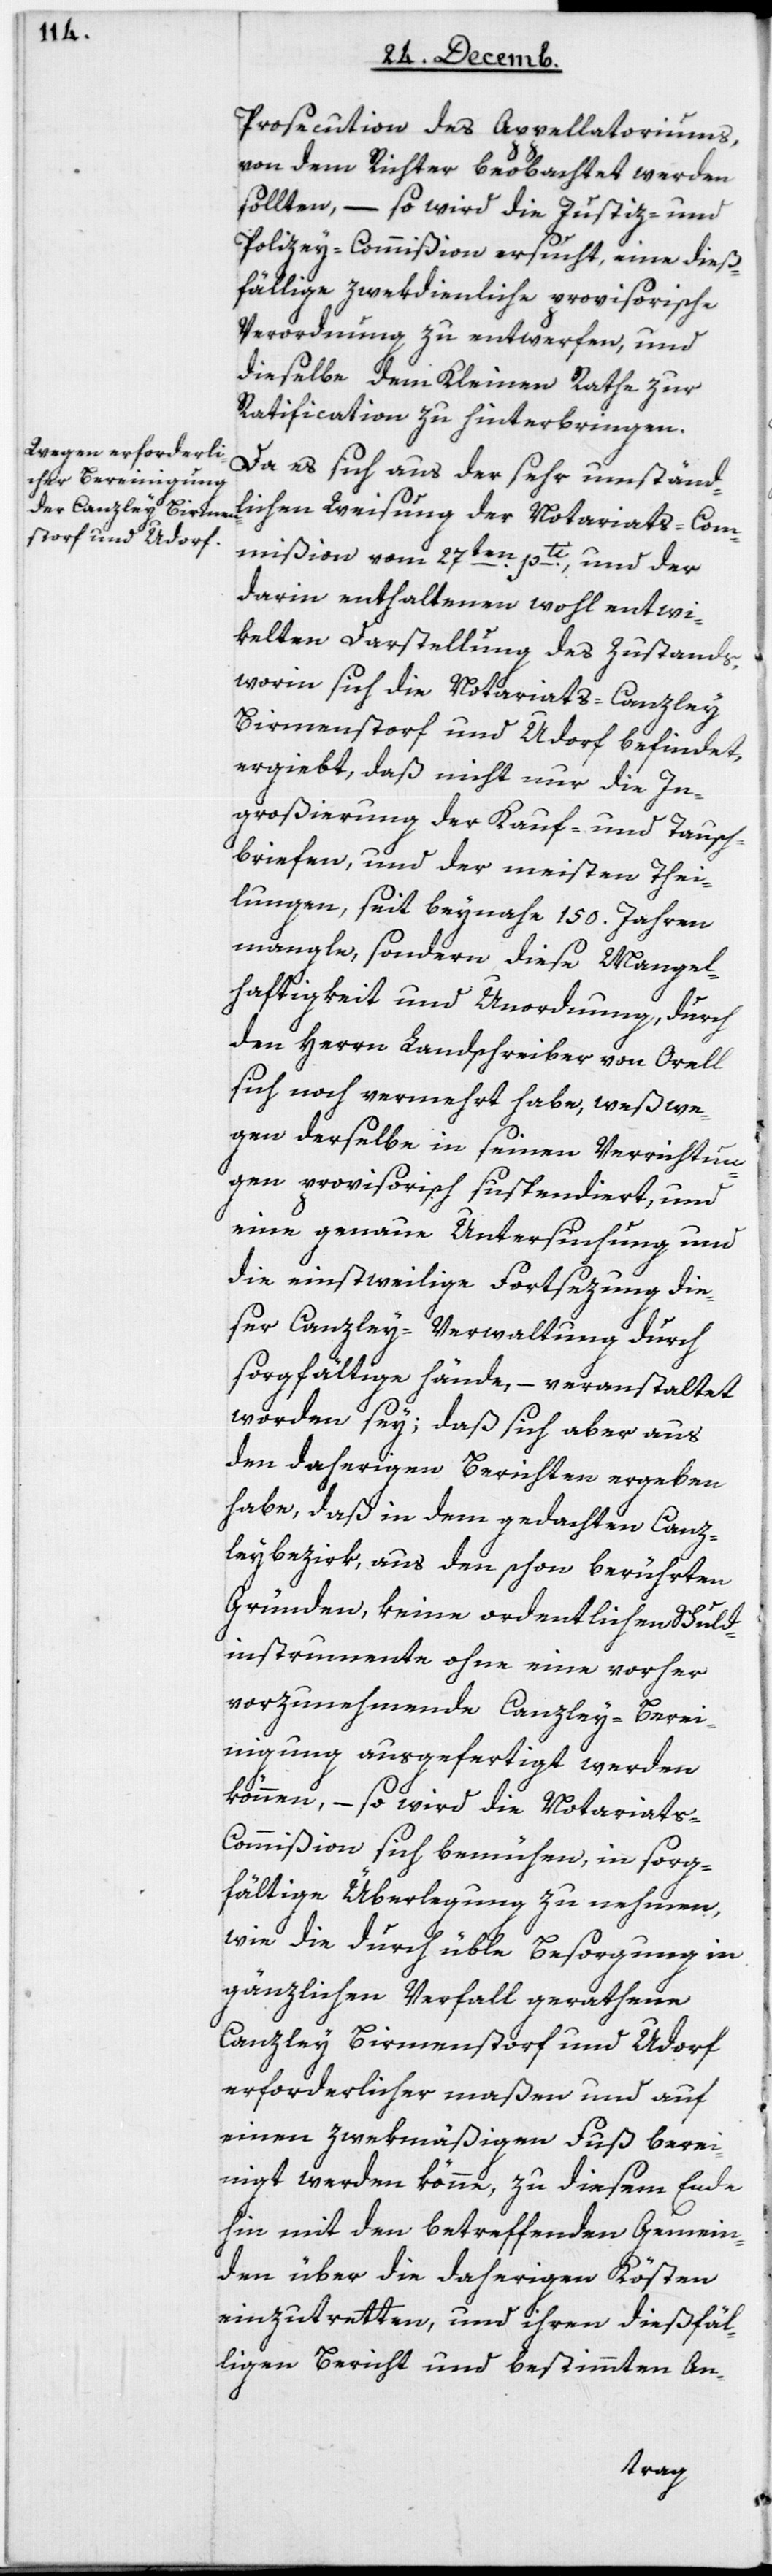
lichen
der Notariats-Co¬
Prosecution des Appellatoriums,
von dem Richter beobachtet werden
sollten, – so wird die Justiz- und
Polizey-Commißion ersucht, eine dieß¬
fällige zwekdienliche provisorische
Verordnung zu entwerfen, und
dieselbe dem Kleinen Rathe zur
Ratification zu hinterbringen.
Da es sich aus der sehr umständ¬
sdorf und Udorf
mmißion vom 27ten pti und der
darin enthaltenen wohl entwi¬
kelten Darstellung des Zustands,
worin sich die Notariats-Canzley
ergiebt, daß nicht nur die In¬
großierung der Kauf- und Tausch¬
briefen und der meisten Thei¬
lungen, seit beynahe 150 Jahren
mangle, sondern diese Mangel¬
haftigkeit und Unordnung, durch
den Herrn Landschreiber von Orell
sich noch vermehrt habe, weßwe¬
gen derselbe in seinen Verrichtun¬
gen provisorisch suspendiert, und
eine genaue Untersuchung und
die einstweilige Fortsezung die¬
ser Canzley-Verwaltung durch
sorgfältige Hände, – veranstaltet
worden sey; daß sich aber aus
den daherigen Berichten ergeben
habe, daß in dem gedachten Canz¬
leybezirk, aus den schon berührten
Gründen, keine ordentlichen Schuld¬
instrumente ohne eine vorher
vorzunehmende Canzley-Berei¬
nigung ausgefertigt werden
können, – so wird die Notariat¬
s-Commißion sich bemühen, in sorg¬
fältige Überlegung zu nehmen,
wie die durch üble Besorgung in
gänzlichen Verfall geratene
Canzley Birmensdorf und Udorf
erforderlichermaßen und auf
einen zwekmäßigen Fuß berei¬
niget werden könne, zu diesem Ende
hin mit den betreffenden Gemein¬
den über die daherigen Kösten
einzutretten, und ihren dießfäl¬
ligen Bericht und bestimmten An-
Birmen¬